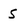
Character: S